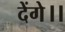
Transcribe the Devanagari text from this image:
देंगे।।